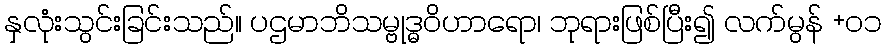
နှလုံးသွင်းခြင်းသည်။ ပဌမာဘိသမ္ဗုဒ္ဓဝိဟာရော၊ ဘုရားဖြစ်ပြီး၍ လက်မွန် +၀၁